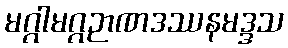
မဂ္ဂါမဂ္ဂဉာဏဒဿနမဒ္ဒသ